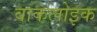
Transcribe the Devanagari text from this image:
वाकलोइक